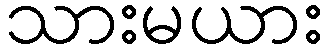
သားမယား